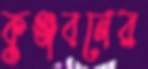
কুঞ্জবনের